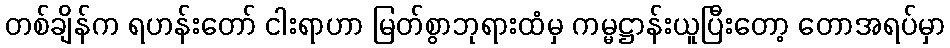
တစ်ချိန်က ရဟန်းတော် ငါးရာဟာ မြတ်စွာဘုရားထံမှ ကမ္မဋ္ဌာန်းယူပြီးတော့ တောအရပ်မှာ